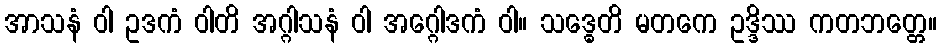
အာသနံ ဝါ ဥဒကံ ဝါတိ အဂ္ဂါသနံ ဝါ အဂ္ဂေါဒကံ ဝါ။ သဒ္ဓေတိ မတကေ ဥဒ္ဒိဿ ကတဘတ္တေ။